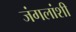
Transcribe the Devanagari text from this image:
जंगलांशी